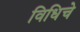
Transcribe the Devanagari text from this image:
विधिचे